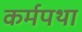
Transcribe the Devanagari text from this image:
कर्मपथा